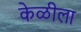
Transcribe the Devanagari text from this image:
केळीला